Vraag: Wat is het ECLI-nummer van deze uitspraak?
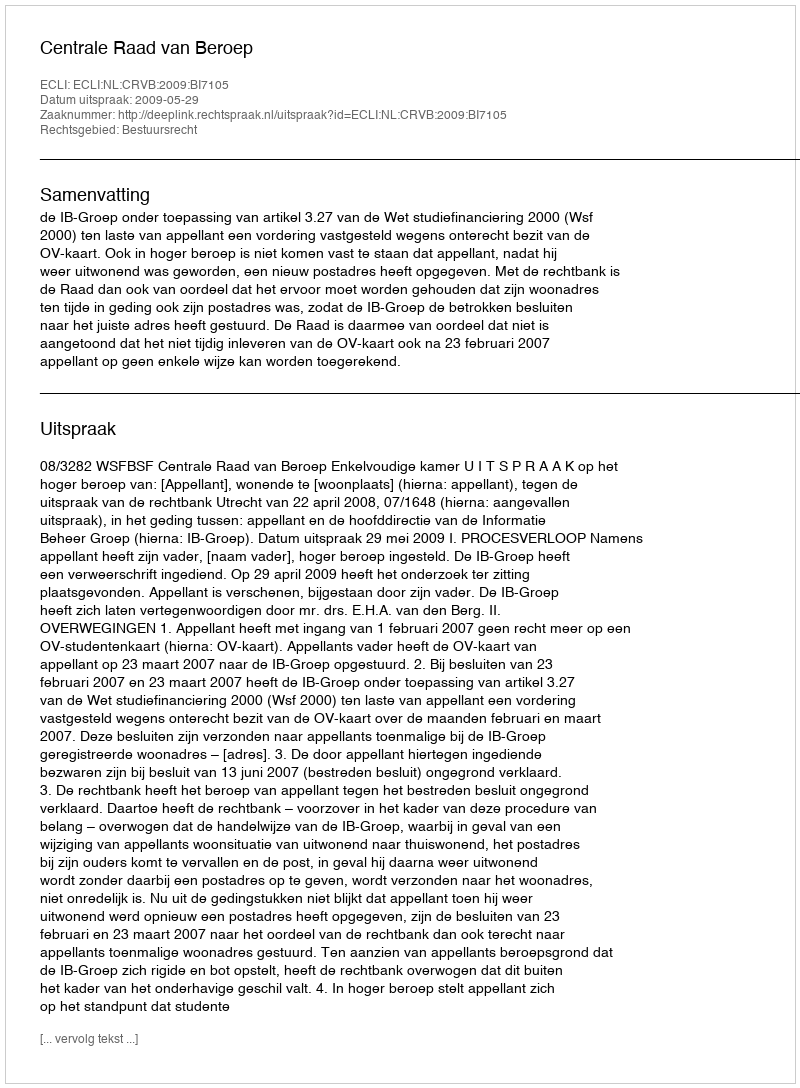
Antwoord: ECLI:NL:CRVB:2009:BI7105